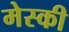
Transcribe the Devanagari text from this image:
मेस्की